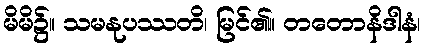
မိမိ၌။ သမနုပဿတိ၊ မြင်၏။ တတောနိဒါနံ၊